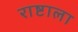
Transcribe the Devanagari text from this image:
राष्टाला